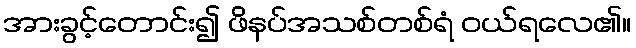
အားခွင့်တောင်း၍ ဖိနပ်အသစ်တစ်ရံ ဝယ်ရလေ၏။